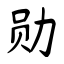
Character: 勋